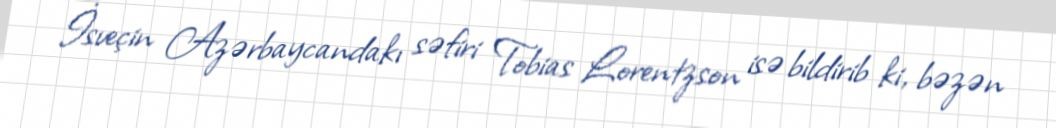
İsveçin Azərbaycandakı səfiri Tobias Lorentzson isə bildirib ki, bəzən